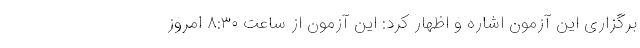
برگزاری این آزمون اشاره و اظهار کرد: این آزمون از ساعت ۸:۳۰ امروز